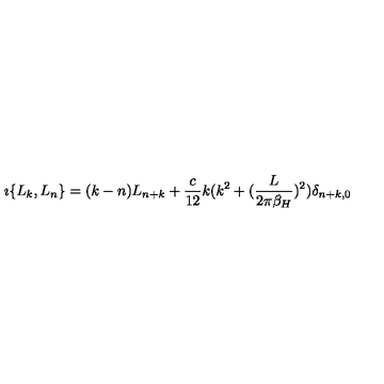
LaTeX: \imath \{ L _ { k } , L _ { n } \} = ( k - n ) L _ { n + k } + { \frac { c } { 1 2 } } k ( k ^ { 2 } + ( { \frac { L } { 2 \pi \beta _ { H } } } ) ^ { 2 } ) \delta _ { n + k , 0 }